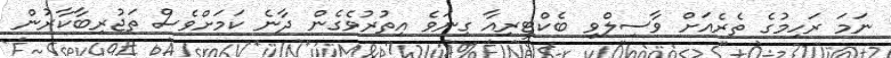
ނަމަ ރަހިމުގެ ތެރެއަށް ވާސިލްވި ބެކްޓީރިއާ ގިނަވެ އިތުރުވެގެން ދާނެ ކަމަށްވެސް ތަޖުރިބާކާރުން